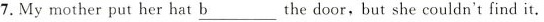
7.My mother put her hat \underline{b} the door, but she couldn't find it.